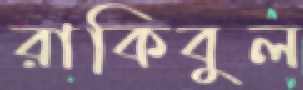
রাকিবুল